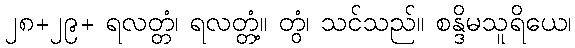
၂၈+၂၉+ ရလတ္တံ၊ ရလတ္တံ့။ တွံ၊ သင်သည်။ စန္ဒိမသူရိယေ၊